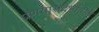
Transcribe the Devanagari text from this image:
प्रणयासंदर्भातील